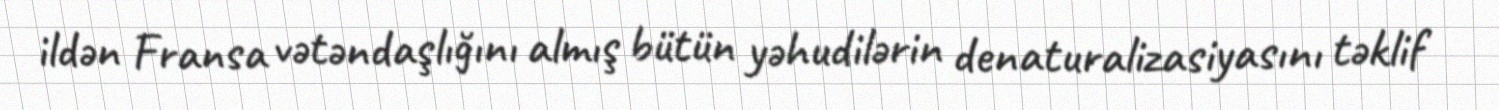
ildən Fransa vətəndaşlığını almış bütün yəhudilərin denaturalizasiyasını təklif